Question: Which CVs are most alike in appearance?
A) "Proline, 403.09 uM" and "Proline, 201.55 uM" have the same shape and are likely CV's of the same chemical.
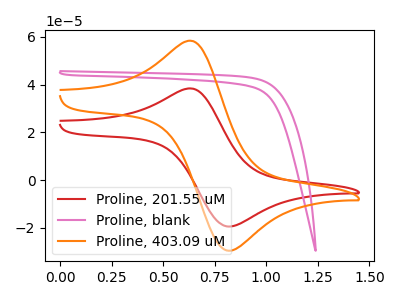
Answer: <think>The red curve "Proline, 201.55 uM" has an anodic peak at (0.65V, 38.30uA) and a cathodic peak at (0.80V, -19.50uA). The pink curve "Proline, blank" has no peaks. The orange curve "Proline, 403.09 uM" has an anodic peak at (0.65V, 58.20uA) and a cathodic peak at (0.80V, -29.65uA).
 "Proline, 201.55 uM" and "Proline, blank" have a different number of peaks. All the peaks in "Proline, 201.55 uM" have a peak in "Proline, 403.09 uM" at the same potential. Every peak in "Proline, 201.55 uM" is lower than every peak in "Proline, 403.09 uM". "Proline, blank" and "Proline, 403.09 uM" have a different number of peaks.</think>
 <answer>A) "Proline, 403.09 uM" and "Proline, 201.55 uM" have the same shape and are likely CV's of the same chemical.</answer>
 <eval>A</eval>